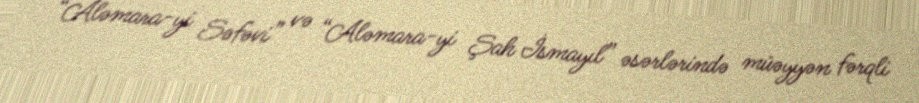
“Aləmara-yi Səfəvi” və “Aləmara-yi Şah İsmayıl” əsərlərində müəyyən fərqli